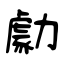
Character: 勮